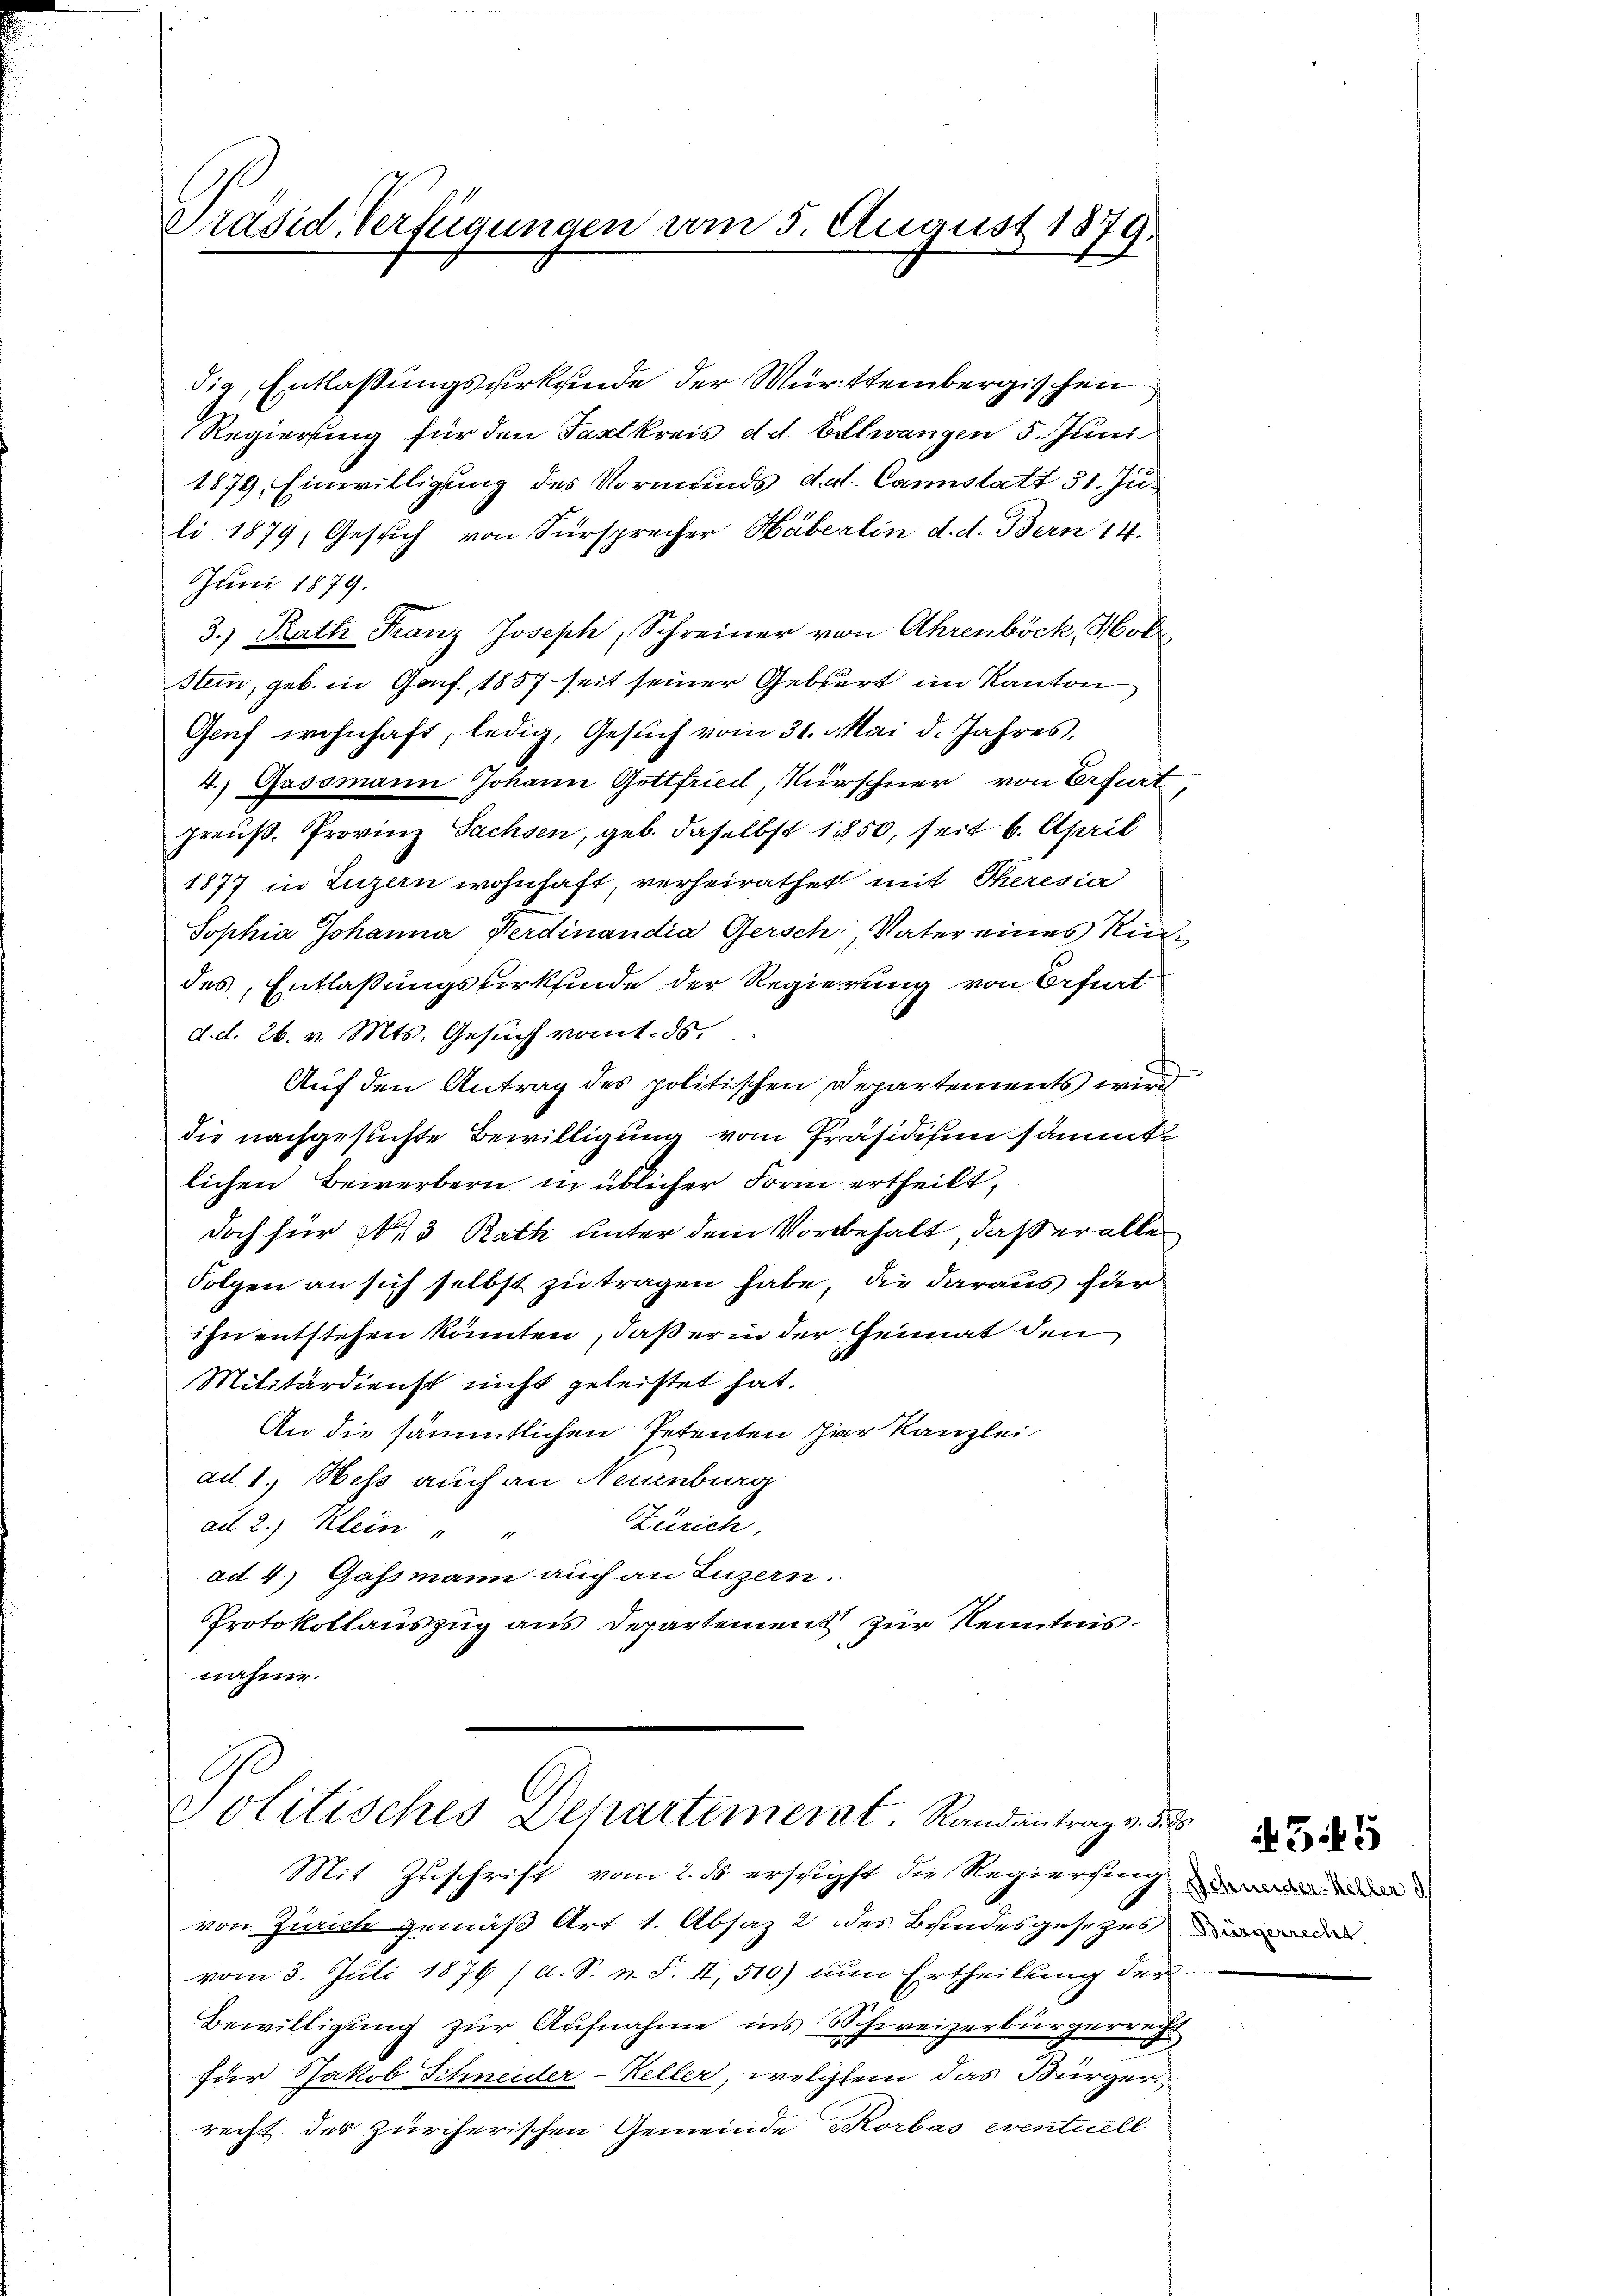
Präsid. Verfügungen vom 5. August 1879.

dig, Entlassungsurkunde der Württembergischen
Regierung für den Taxtkreis d. d. Eilwangen 5. Juni
1879, Einwilligung des Vormunds d.d. Cannstatt 31. Ju
li 1879, Gesich von Fürsprecher Häberlin d. d. Bern 14.
Juni 1879.
3.) Rath Franz Joseph, Schreiner von Ahrenböck, Hol¬
Stein, geb. in Genf., 1857 seit seiner Geburt im Kanton
Genf wohnhaft, ledig, Gesŭch vom 31. Mai d. Jahres,
4. Gassmann Johann Gottfried, Kürschner von Erfurt,
preis. Provinz Sachsen, geb. daselbst 1850, seit 6. April
1877 in Luzern wohnhaft, verheirathet mit Theresia
Sophia Johanna Verdinandia Gersch, Vatereines Kindes, Entlaßungsfirkfinde der Regierung von Erfurt
d. d. 26. v. Mts. Gesuch vom 1. ds.
Auf den Antrag des politischen Departements wird
die nachgesuchte Bewilligung vom Präsidisen sämmt
lichen Bewerbern in üblicher Form ertheilt,
doch für Nr. 3 Rath unter dem Vorbehalt, daß er alle
Folgen an sich selbst zu tragen habe, die daraus für
ihn entstehen könnten, daß er in der Heimat den
Militärdienst nicht geleistet hat.
An die sämmtlichen Petenten der Kanzlei
ad 1. Hess auch an Neuenburg
Zürich.
ad 2.) Klein " "
ad 4.) Gassmann auch an Luzern.
Protokollauszug aus Departement zur Kenntnis.
nahme.

Politisches Departement. Randantrag v. 3. 2

Mit Zuschrift vom 2. ds erschöpft die Regierung de
von Zürich gemäß Art 1. Absaz 2 des Bundesgesezes
vom 3. Juli 1876 /d. S. n. F. II, 510) zum Ertheilung der
Bewilligung zur Aufnahme ins Schweizerbürgerrecht
für Jakob Schneider-Keller, welchem das Bürgerrecht des zürcherischen Gemeinde Korbas eventuell

345